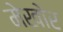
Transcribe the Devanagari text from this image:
मेखोर